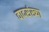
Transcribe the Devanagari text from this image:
वादसंख्या